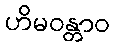
ဟိမဝန္တာဝ